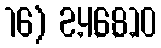
16) 2,4,6,8,10